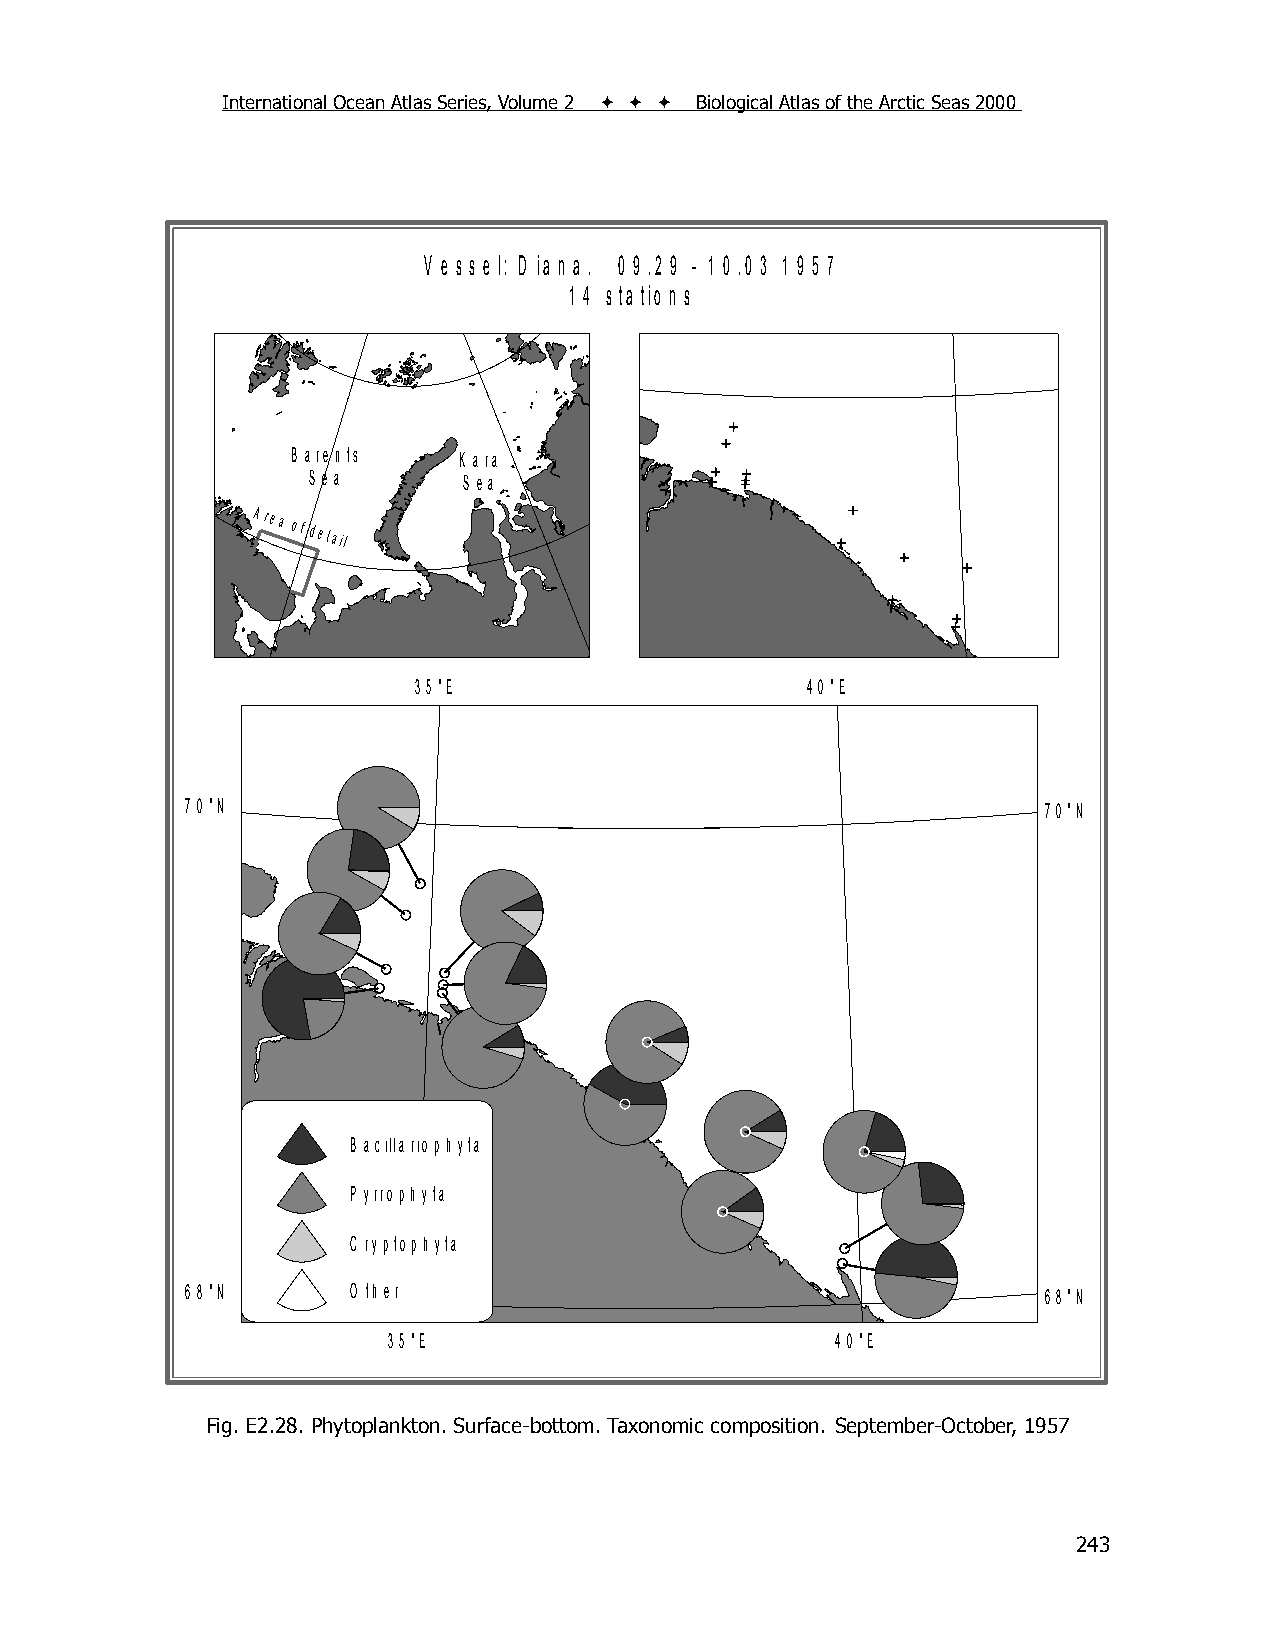
International Ocean Atlas Series, Volume 2    Biological Atlas of the Arctic Seas 2000
 V e s s e l: D ia n a . 0 9 .2 9 - 1 0 .0 3 1 9 5 7
 1 4 s ta tio n s
 B a re n ts K a ra
 S e a      S e a
 Area
 of detail
 3 5 °E                    4 0 °E
 7 0 °N                                                   7 0 °N
 B a cilla rio p h yta
 P yrro p h yta
 C ryp to p h yta
 6 8 °N     O th er                                       6 8 °N
 3 5 °E                       4 0 °E
 Fig. E2.28. Phytoplankton. Surface-bottom. Taxonomic composition. September-October, 1957
 243